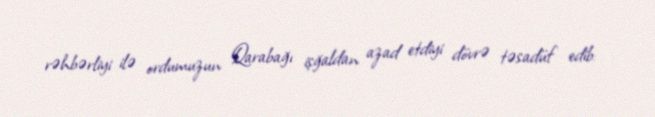
rəhbərliyi ilə ordumuzun Qarabağı işğaldan azad etdiyi dövrə təsadüf edib: